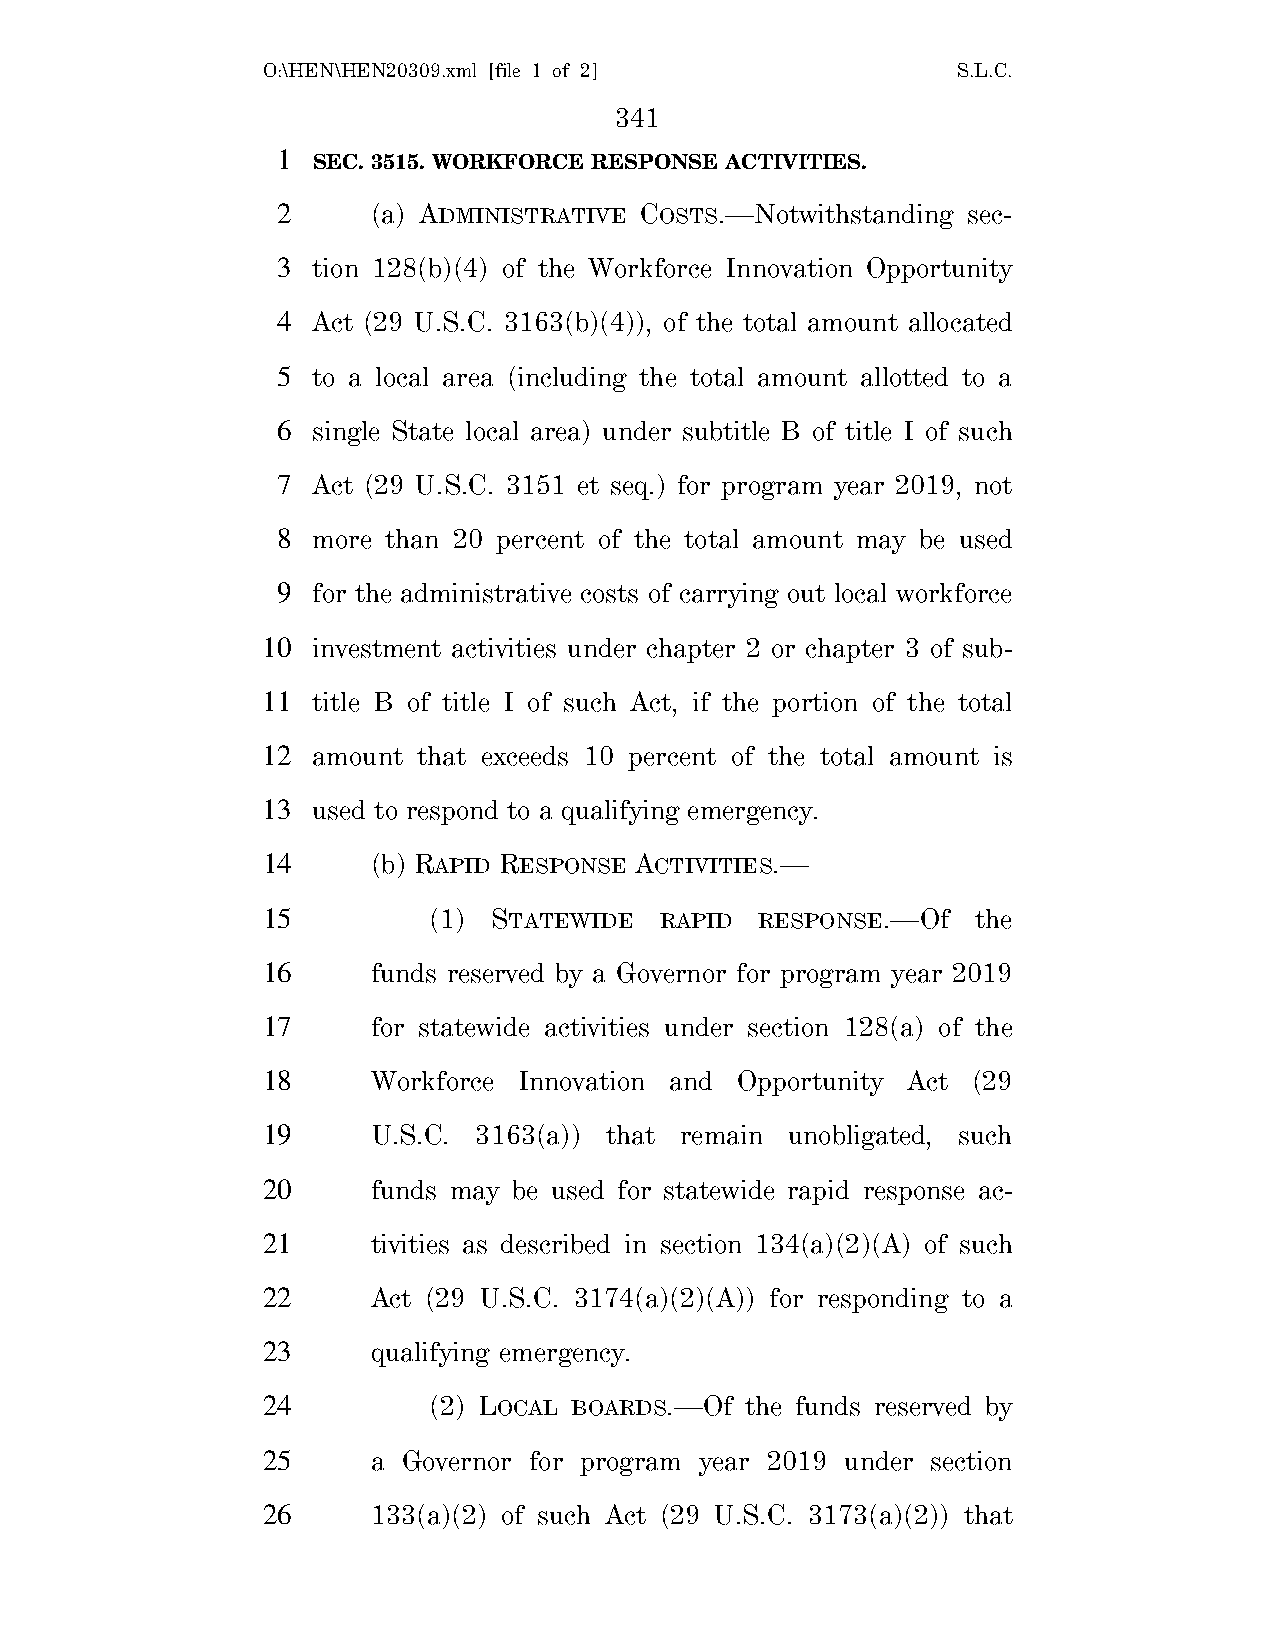
O:\HEN\HEN20309.xml [file 1 of 2]             S.L.C.
 341
 1
 SEC. 3515. WORKFORCE RESPONSE ACTIVITIES.
 2      (a) ADMINISTRATIVE COSTS.—Notwithstanding sec-
 3  tion 128(b)(4) of the Workforce Innovation Opportunity
 4  Act (29 U.S.C. 3163(b)(4)), of the total amount allocated
 5  to a local area (including the total amount allotted to a
 6  single State local area) under subtitle B of title I of such
 7  Act (29 U.S.C. 3151 et seq.) for program year 2019, not
 8  more than 20 percent of the total amount may be used
 9  for the administrative costs of carrying out local workforce
 10  investment activities under chapter 2 or chapter 3 of sub-
 11  title B of title I of such Act, if the portion of the total
 12  amount that exceeds 10 percent of the total amount is
 13  used to respond to a qualifying emergency.
 14      (b) RAPID RESPONSE ACTIVITIES.—
 15         (1)  STATEWIDE  RAPID RESPONSE.—Of   the
 16      funds reserved by a Governor for program year 2019
 17      for statewide activities under section 128(a) of the
 18      Workforce Innovation and Opportunity Act (29
 19      U.S.C. 3163(a)) that remain unobligated, such
 20      funds may be used for statewide rapid response ac-
 21      tivities as described in section 134(a)(2)(A) of such
 22      Act (29 U.S.C. 3174(a)(2)(A)) for responding to a
 23      qualifying emergency.
 24         (2) LOCAL BOARDS.—Of the funds reserved by
 25      a Governor for program year 2019 under section
 26      133(a)(2) of such Act (29 U.S.C. 3173(a)(2)) that